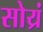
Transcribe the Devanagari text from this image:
सोय्रं